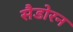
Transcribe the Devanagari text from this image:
सैडोरन